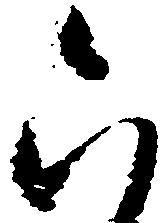
六